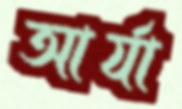
আর্যা